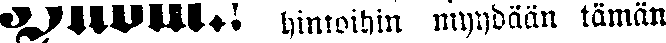
####. hintoihin myydään tämän